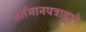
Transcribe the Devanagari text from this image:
वर्तमानपत्राद्वारे